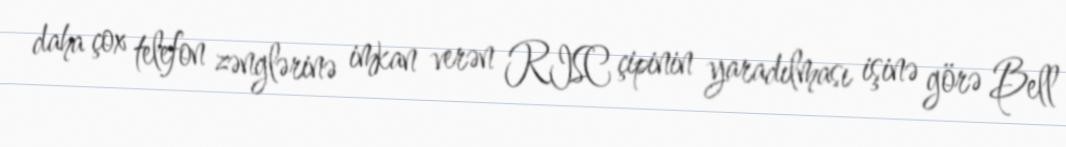
daha çox telefon zənglərinə imkan verən RISC çipinin yaradılması işinə görə Bell